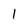
Character: 1